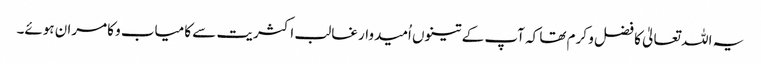
یہ اللہ تعالیٰ کا فضل و کرم تھا کہ آپ کے تینوں اُمیدوار غالب اکثریت سے کامیاب و کامران ہوئے۔